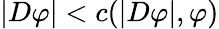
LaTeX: |D\varphi|<c(|D\varphi|,\varphi)